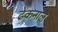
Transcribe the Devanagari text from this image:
ढेकनाल